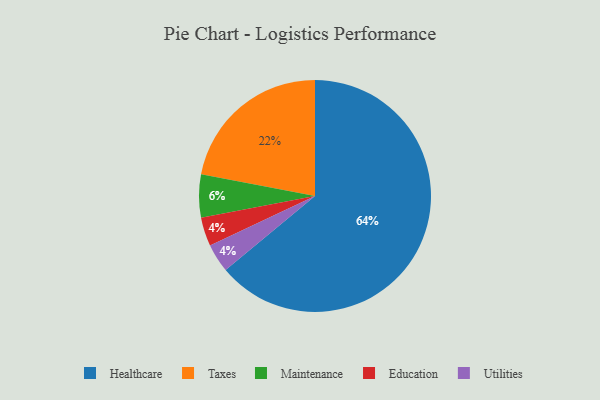
{"axis": {"x": "Category", "y": "Percentage"}, "legend": ["Education", "Healthcare", "Maintenance", "Taxes", "Utilities"], "data": [{"x": "Maintenance", "y": 6, "type": "Maintenance"}, {"x": "Healthcare", "y": 64, "type": "Healthcare"}, {"x": "Education", "y": 4, "type": "Education"}, {"x": "Utilities", "y": 4, "type": "Utilities"}, {"x": "Taxes", "y": 22, "type": "Taxes"}]}